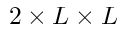
2 \times L \times L